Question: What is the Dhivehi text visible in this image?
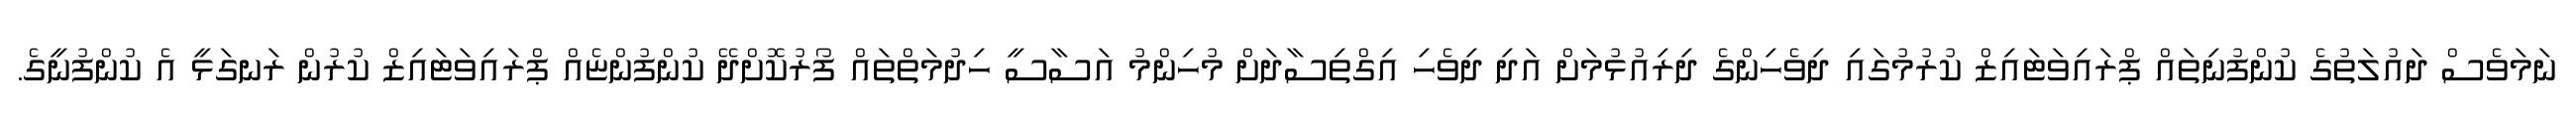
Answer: ނަމަވެސް ދައުލަތުގެ ކުންފުނިތައް ޕްރައިވަޓައިޒް ކުރުމުގައި ދިވެހިންގެ ދިރިއުޅުމަށް އަދި ދިވެހި އިގްތިސާދަށް މުހިންމު އަސާސީ ހިދުމަތްތައް ފޯރުކޮށްދޭ ކުންފުންޏެއް ޕްރައިވަޓައިޒް ކުރުން ރަނގަޅީ އެ ކުންފުނީގެ.